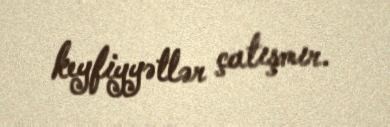
keyfiyyətlər çatışmır.